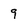
Character: 9